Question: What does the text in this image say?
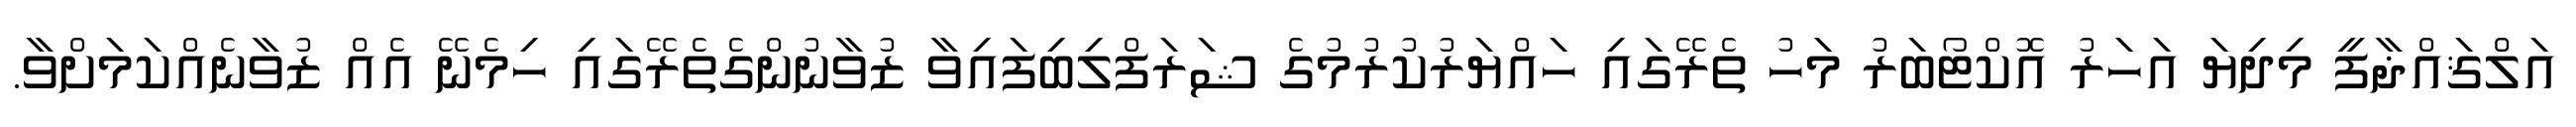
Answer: އަލްޤައްޛާފީ މިދިޔަ އަހަރު އޮކްޓޯބަރު މަހު ތެރޭގައި ހައްޔަރުކުރުމުގެ ޝަރަފްލިބިފައިވާ ޒުވާނުންގެތެރޭގައި ހިމެނޭ އެއް ޒުވާނެއްކަމަށްވާ.